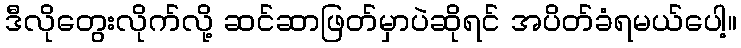
ဒီလိုတွေးလိုက်လို့ ဆင်ဆာဖြတ်မှာပဲဆိုရင် အပိတ်ခံရမယ်ပေါ့။